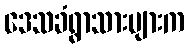
ဒေသခံရွာသားများက